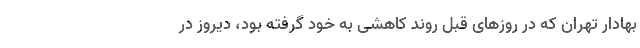
بهادار تهران که در روزهای قبل روند کاهشی به خود گرفته بود، دیروز در